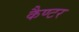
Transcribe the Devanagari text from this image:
कैण्टर